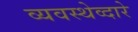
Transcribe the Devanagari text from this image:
व्यवस्थेव्दारे